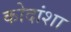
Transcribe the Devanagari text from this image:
कोदांशा